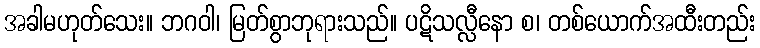
အခါမဟုတ်သေး။ ဘဂဝါ၊ မြတ်စွာဘုရားသည်။ ပဋိသလ္လီနော စ၊ တစ်ယောက်အထီးတည်း